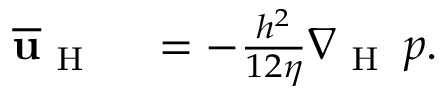
\begin{array} { r l } { \overline { { \mathbf { u } } } _ { \mathrm { ~ H ~ } } } & { { } = - \frac { h ^ { 2 } } { 1 2 \eta } \nabla _ { \mathrm { ~ H ~ } } \, p . } \end{array}